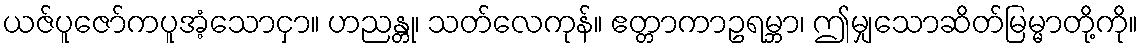
ယဇ်ပူဇော်ကပူအံ့သောငှာ။ ဟညန္တု၊ သတ်လေကုန်။ ဧတ္တာကာဥရမ္ဘာ၊ ဤမျှသောဆိတ်မြမ္မာတို့ကို။